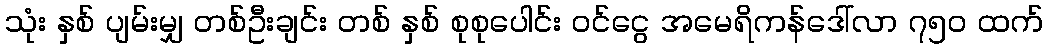
သုံး နှစ် ပျမ်းမျှ တစ်ဦးချင်း တစ် နှစ် စုစုပေါင်း ဝင်ငွေ အမေရိကန်ဒေါ်လာ ၇၅၀ ထက်